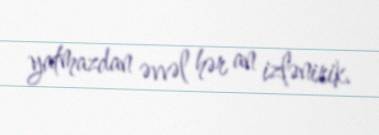
yatmazdan əvvəl hər an izlənirik.